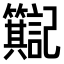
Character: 𫂮